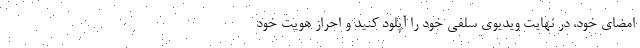
امضای خود، در نهایت ویدیوی سلفی خود را آپلود کنید و احراز هویت خود